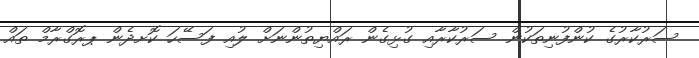
ސަރުކާރުގެ ކުންފުނިތަކުން ސަރުކާރާއި ގުޅިގެން ރައްޔިތުންނަށް ލުއި ފަސޭހަ ކޮށދެން ޕރޮގްރާމް ތައް